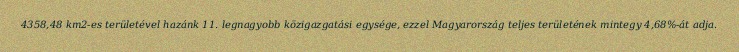
4358,48 km2-es területével hazánk 11. legnagyobb közigazgatási egysége, ezzel Magyarország teljes területének mintegy 4,68%-át adja.